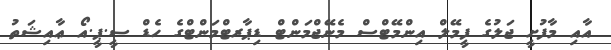
އާއި މާފުށީ ޖަލުގެ ފީމޭލް އިންމޭޓްސް މެނޭޖްމަންޓް ޑިޕާރޓްމަންޓްގެ ހެޑް ސީ.ޕީ.އޯ ޢާއިޝަތު